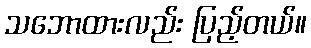
သဘောထားလည်း ပြည့်တယ်။